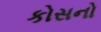
કોસનો